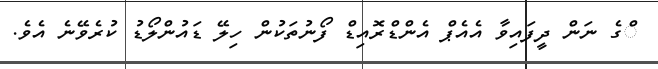
ްގެ ނަން ދީފައިވާ އެއެޕް އެންޑްރޮއިޑް ފޯނުތަކުން ހިލޭ ޑައުންލޯޑު ކުރެވޭނެ އެވެ.